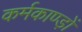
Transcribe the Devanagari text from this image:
कर्मकाण्ड़ों